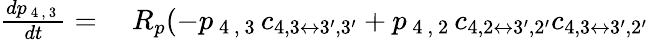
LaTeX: \begin{array}{rl}{\frac{dp_{\mathrm{~4~,~3~}}}{dt}=}&{{}~R_{p}(-p_{\mathrm{~4~,~3~}}c_{4,3\leftrightarrow 3^{\prime},3^{\prime}}+p_{\mathrm{~4~,~2~}}c_{4,2\leftrightarrow 3^{\prime},2^{\prime}}c_{4,3\leftrightarrow 3^{\prime},2^{\prime}}}\end{array}